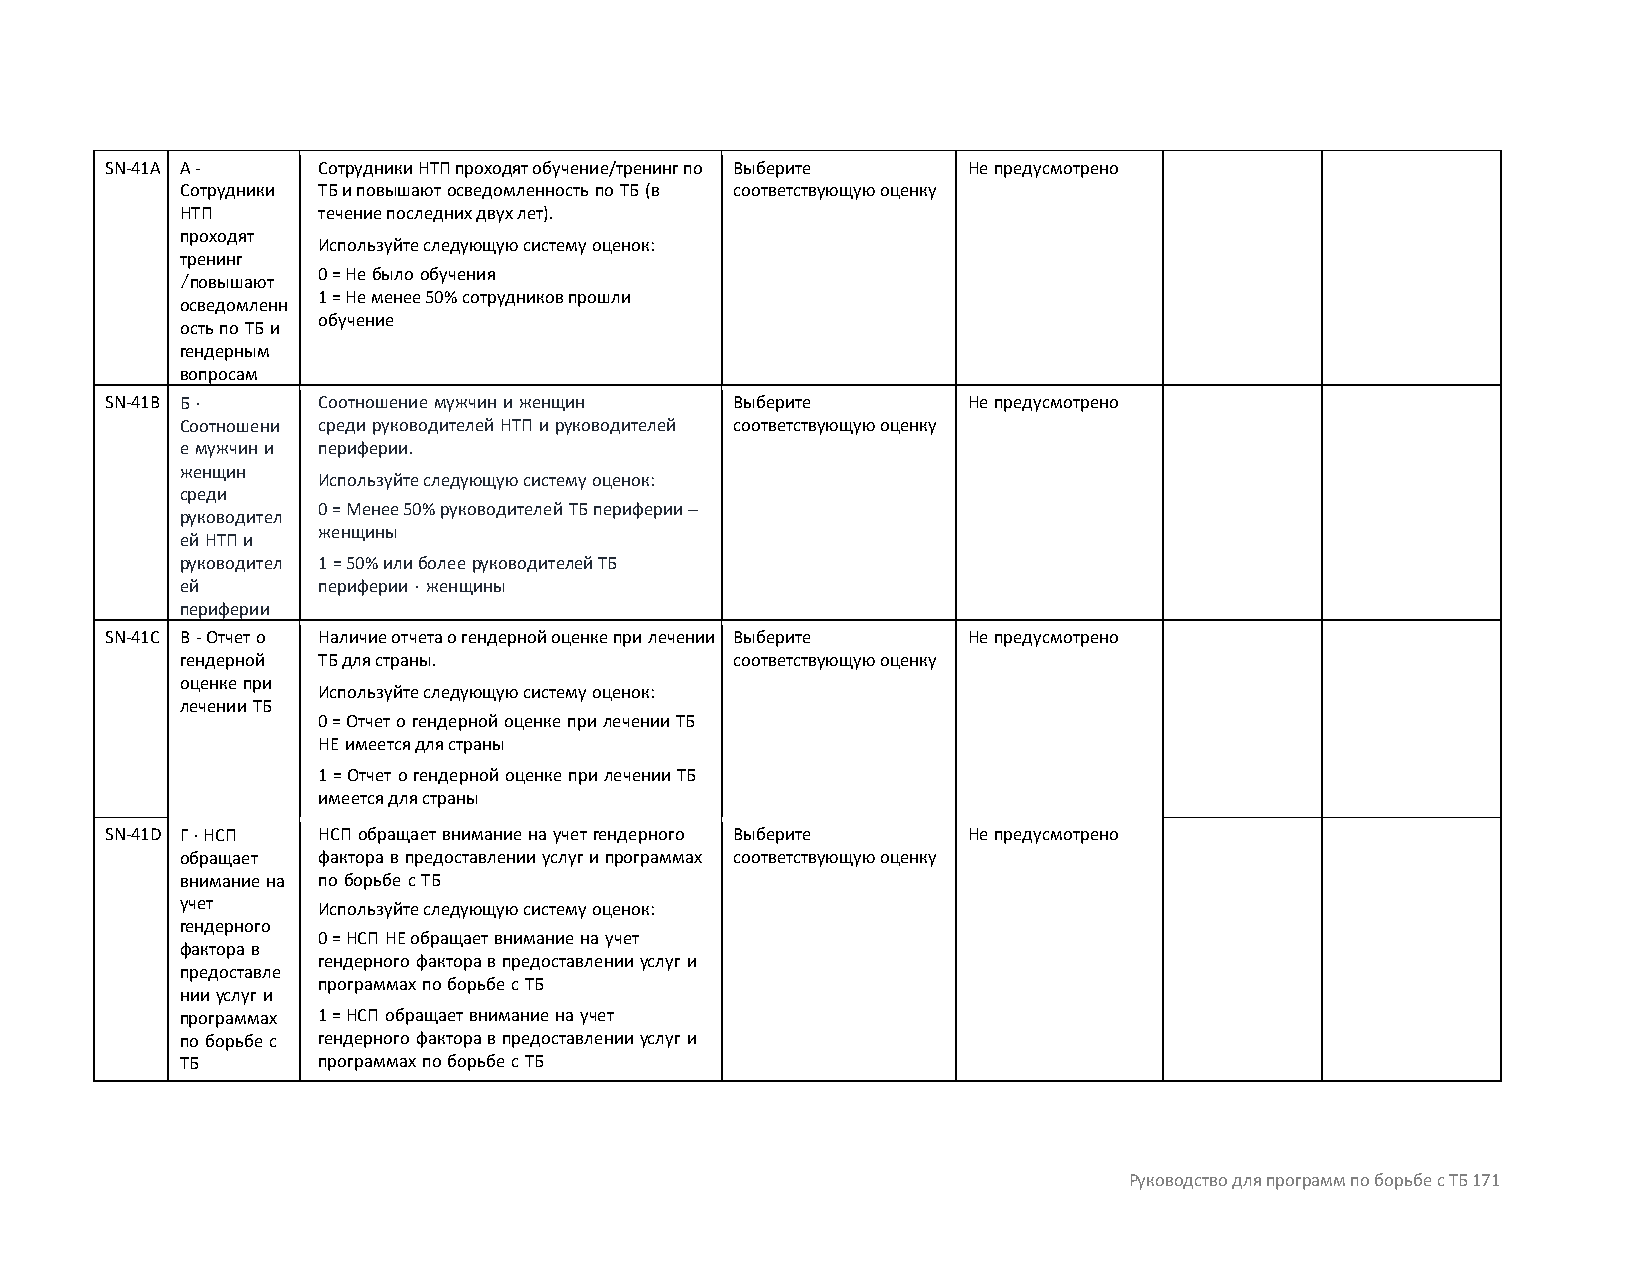
SN-41A A -    Сотрудники НТП проходят обучение/тренинг по Выберите Не предусмотрено
 Сотрудники ТБ и повышают осведомленность по ТБ (в соответствующую оценку
 НТП      течение последних двух лет).
 проходят
 Используйте следующую систему оценок:
 тренинг
 0 = Не было обучения
 /повышают
 1 = Не менее 50% сотрудников прошли
 осведомленн
 обучение
 ость по ТБ и
 гендерным
 вопросам
 SN-41B Б -    Соотношение мужчин и женщин Выберите       Не предусмотрено
 Соотношени среди руководителей НТП и руководителей соответствующую оценку
 е мужчин и периферии.
 женщин
 Используйте следующую систему оценок:
 среди
 0 = Менее 50% руководителей ТБ периферии –
 руководител
 ей НТП и
 женщины
 руководител 1 = 50% или более руководителей ТБ
 ей       периферии - женщины
 периферии
 SN-41C В - Отчет о Наличие отчета о гендерной оценке при лечении Выберите Не предусмотрено
 гендерной ТБ для страны.            соответствующую оценку
 оценке при
 Используйте следующую систему оценок:
 лечении ТБ
 0 = Отчет о гендерной оценке при лечении ТБ
 НЕ имеется для страны
 1 = Отчет о гендерной оценке при лечении ТБ
 имеется для страны
 SN-41D Г - НСП НСП обращает внимание на учет гендерного Выберите Не предусмотрено
 обращает фактора в предоставлении услуг и программах соответствующую оценку
 внимание на по борьбе с ТБ
 учет     Используйте следующую систему оценок:
 гендерного
 0 = НСП НЕ обращает внимание на учет
 фактора в
 гендерного фактора в предоставлении услуг и
 предоставле
 программах по борьбе с ТБ
 нии услуг и
 программах 1 = НСП обращает внимание на учет
 по борьбе с гендерного фактора в предоставлении услуг и
 ТБ       программах по борьбе с ТБ
 Руководство для программ по борьбе с ТБ 171